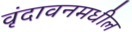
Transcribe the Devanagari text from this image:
वृंदावनमधील